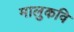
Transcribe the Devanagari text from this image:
मालुकवि